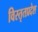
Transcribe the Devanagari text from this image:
विस्तृतप्रदेश